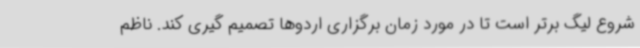
شروع لیگ برتر است تا در مورد زمان برگزاری اردوها تصمیم گیری کند. ناظم